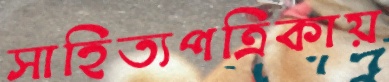
সাহিত্যপত্রিকায়